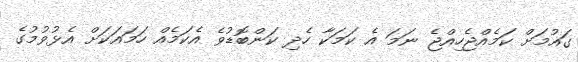
ގައުމަށް ކަމެއްޖެހިއްޖެ ނަމަ އެ ކަމަކާ ހެދި ކަންބޮޑުވެ އެކަމެއް ހަމައަކަށް އެޅުވުމުގެ